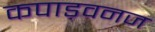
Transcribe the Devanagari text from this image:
कपाड़वनज